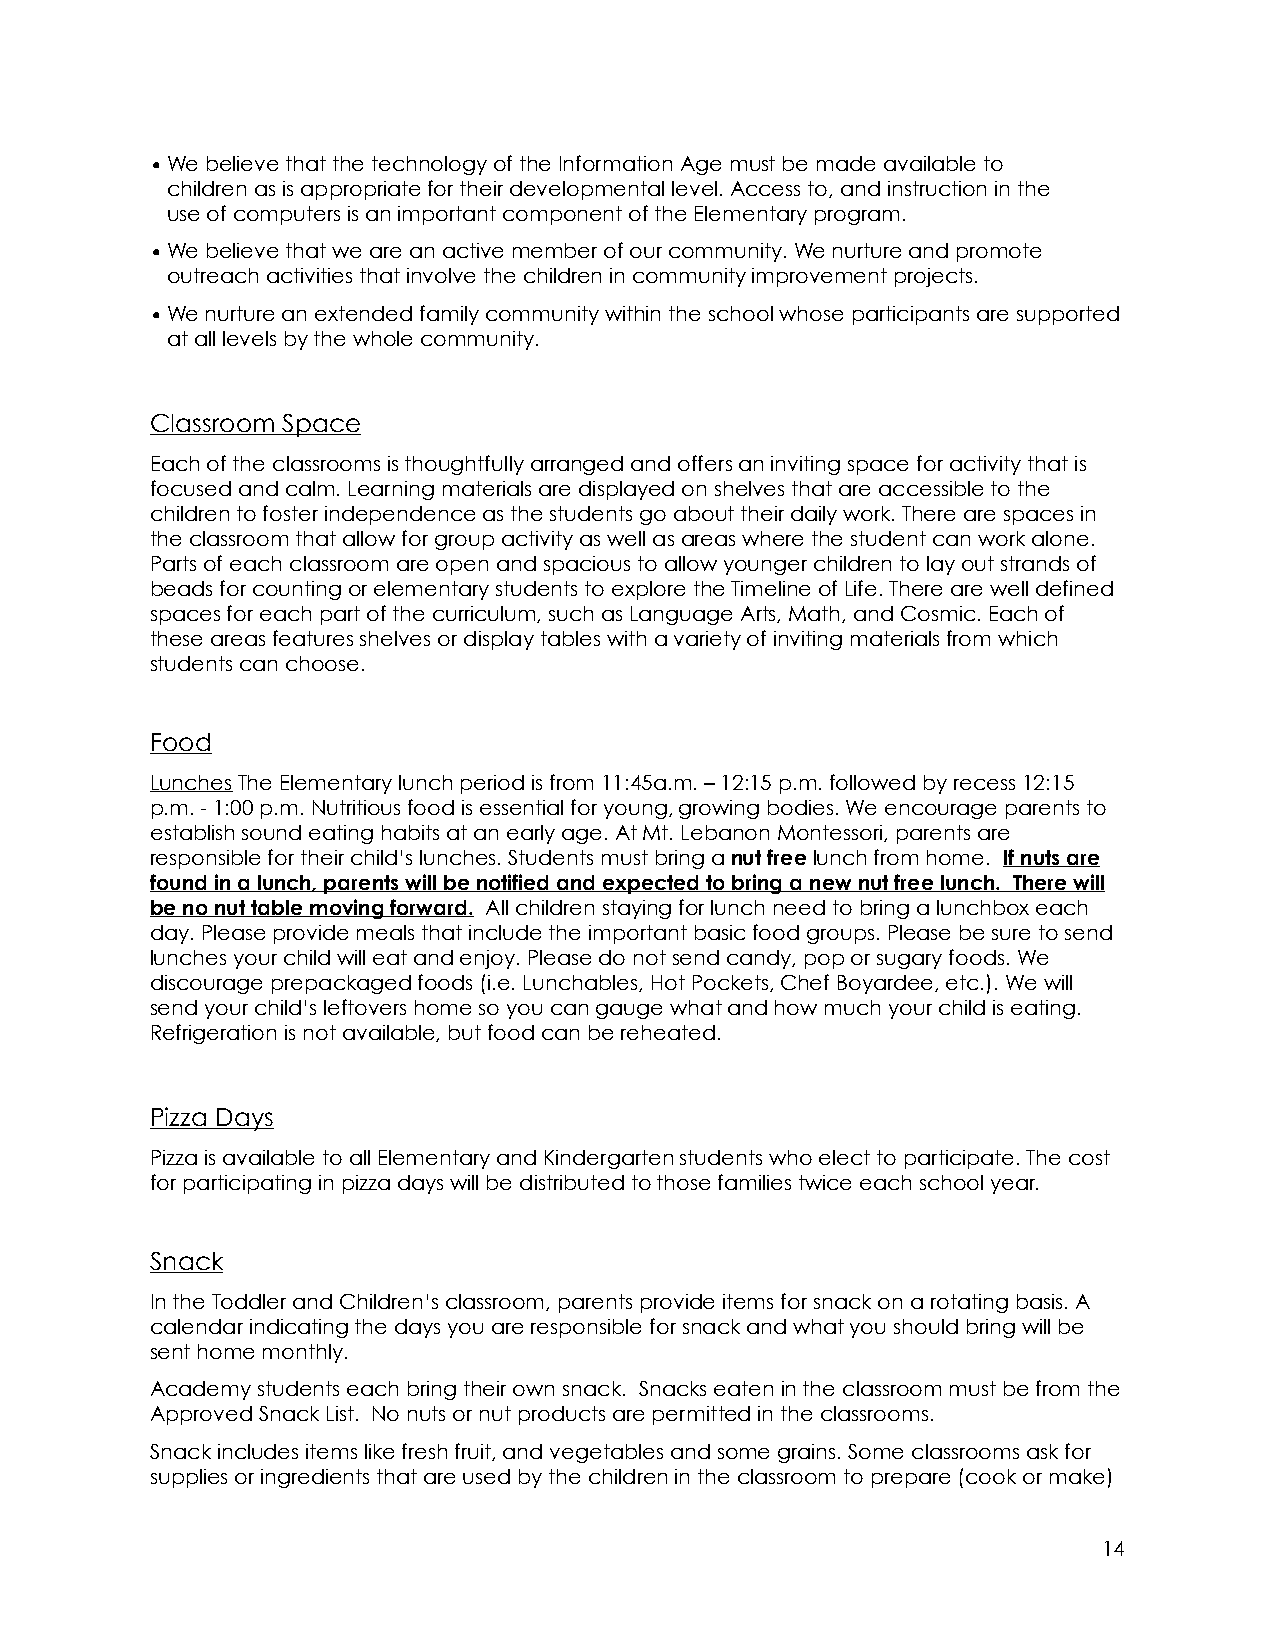
•We believe that the technology of the Information Age must be made available to
 children as is appropriate for their developmental level. Access to, and instruction in the
 use of computers is an important component of the Elementary program.
 •We believe that we are an active member of our community. We nurture and promote
 outreach activities that involve the children in community improvement projects.
 •We nurture an extended family community within the school whose participants are supported
 at all levels by the whole community.
 Classroom Space
 Each of the classrooms is thoughtfully arranged and offers an inviting space for activity that is
 focused and calm. Learning materials are displayed on shelves that are accessible to the
 children to foster independence as the students go about their daily work. There are spaces in
 the classroom that allow for group activity as well as areas where the student can work alone.
 Parts of each classroom are open and spacious to allow younger children to lay out strands of
 beads for counting or elementary students to explore the Timeline of Life. There are well defined
 spaces for each part of the curriculum, such as Language Arts, Math, and Cosmic. Each of
 these areas features shelves or display tables with a variety of inviting materials from which
 students can choose.
 Food
 Lunches The Elementary lunch period is from 11:45a.m. – 12:15 p.m. followed by recess 12:15
 p.m. - 1:00 p.m. Nutritious food is essential for young, growing bodies. We encourage parents to
 establish sound eating habits at an early age. At Mt. Lebanon Montessori, parents are
 responsible for their child’s lunches. Students must bring a nut free lunch from home. If nuts are
 found in a lunch, parents will be notified and expected to bring a new nut free lunch. There will
 be no nut table moving forward. All children staying for lunch need to bring a lunchbox each
 day. Please provide meals that include the important basic food groups. Please be sure to send
 lunches your child will eat and enjoy. Please do not send candy, pop or sugary foods. We
 discourage prepackaged foods (i.e. Lunchables, Hot Pockets, Chef Boyardee, etc.). We will
 send your child’s leftovers home so you can gauge what and how much your child is eating.
 Refrigeration is not available, but food can be reheated.
 Pizza Days
 Pizza is available to all Elementary and Kindergarten students who elect to participate. The cost
 for participating in pizza days will be distributed to those families twice each school year.
 Snack
 In the Toddler and Children’s classroom, parents provide items for snack on a rotating basis. A
 calendar indicating the days you are responsible for snack and what you should bring will be
 sent home monthly.
 Academy students each bring their own snack. Snacks eaten in the classroom must be from the
 Approved Snack List. No nuts or nut products are permitted in the classrooms.
 Snack includes items like fresh fruit, and vegetables and some grains. Some classrooms ask for
 supplies or ingredients that are used by the children in the classroom to prepare (cook or make)
 14